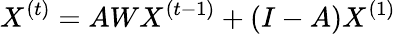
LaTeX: X^{(t)}=AWX^{(t-1)}+(I-A)X^{(1)}